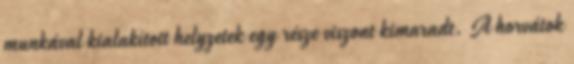
munkával kialakított helyzetek egy része viszont kimaradt. A horvátok